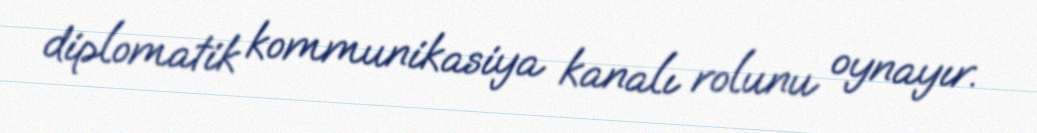
diplomatik kommunikasiya kanalı rolunu oynayır.